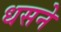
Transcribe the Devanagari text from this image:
धसने